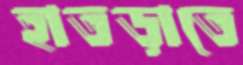
হাতড়াতে